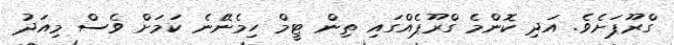
ގްރޫޕަށެވެ. އަދި ކޮންމެ ގްރޫޕެއްގައި ތިން ޓީމް ހިމެނޭނެ ކަމަށް ވެސް މިއަދު